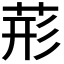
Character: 𮏂